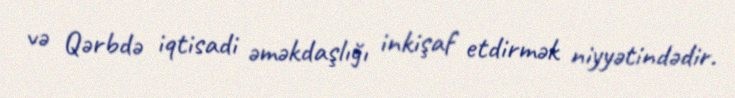
və Qərbdə iqtisadi əməkdaşlığı inkişaf etdirmək niyyətindədir.